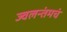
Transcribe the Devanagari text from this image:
ज्वलन्तंमचं